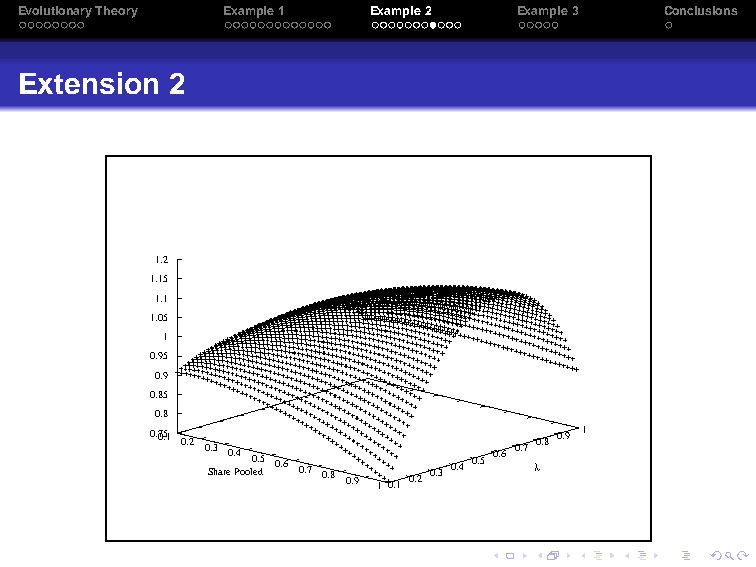
EvolutionaryTheory Example1 Example2 Example3 Conclusions
 Extension 2
 1.2
 1.15
 1.1
 1.05
 1
 0.95
 0.9
 0.85
 0.8
 0. 705.1 0.2 0 S.3 har e0 . P4 oo l0 e. d5 0.6 0.7 0.8 0.9 1 0.1 0.2 0.3 0.4 0.5 0.6 0.7 λ0.8 0.9 1